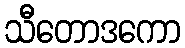
သီတောဒကော